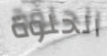
الحلوة